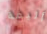
أليفة